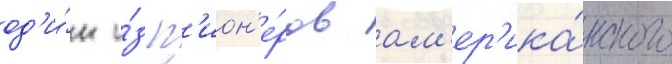
од'и́н и́з п'ион'е́ров ам'ер'ика́нского